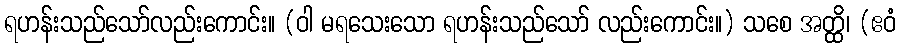
ရဟန်းသည်သော်လည်းကောင်း။ (ဝါ မရသေးသော ရဟန်းသည်သော် လည်းကောင်း။) သစေ အတ္ထိ၊ (ဧဝံ